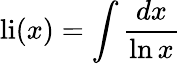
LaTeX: {\mathrm{li}}(x)=\int{\frac{dx}{\ln x}}